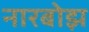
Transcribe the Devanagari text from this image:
नारबोझ